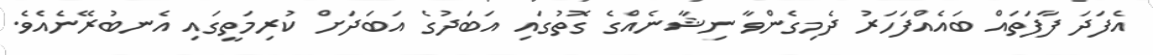
އެފަދަ ފާފަތައް ބައެއްފަހަރު ދެމިގެންވާ ނިޝާނެއްގެ ގޮތުގައި އަބަދުގެ އަބަދަށް ކުރިމަތީގައި އެނބުރޭނެއެވެ.